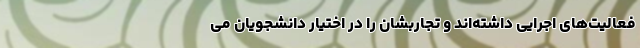
فعالیت‌های اجرایی داشته‌اند و تجاربشان را در اختیار دانشجویان می‌